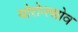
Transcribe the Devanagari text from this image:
योरोन्त्सोव